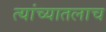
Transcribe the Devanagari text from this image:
त्यांच्यातलाच